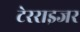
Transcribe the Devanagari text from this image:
टेरराइजर